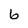
Character: 6